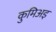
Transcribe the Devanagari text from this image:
कुमिअइ